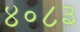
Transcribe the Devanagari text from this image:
४०८३